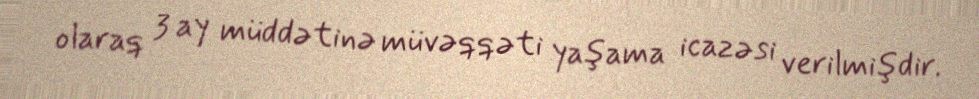
olaraq 3 ay müddətinə müvəqqəti yaşama icazəsi verilmişdir.